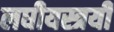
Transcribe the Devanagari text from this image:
लघीयस्त्रयी